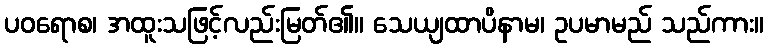
ပဝရောစ၊ အထူးသဖြင့်လည်းမြတ်၏။ သေယျထာပိနာမ၊ ဥပမာမည် သည်ကား။